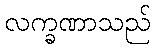
လက္ခဏာသည်